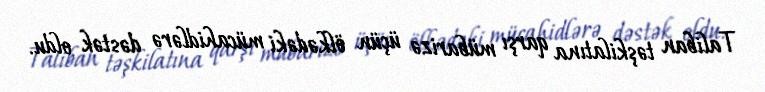
Taliban təşkilatına qarşı mübarizə üçün ölkədəki mücahidlərə dəstək oldu.